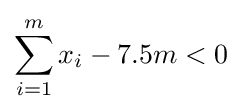
\sum _{i=1}^{m}x_{i}-7.5m<0